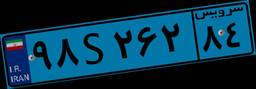
۵۴S۲۱۸۸۳